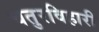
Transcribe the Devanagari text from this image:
चतुरविहारी